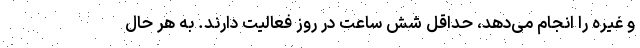
و غیره را انجام می‌دهد، حداقل شش ساعت در روز فعالیت دارند. به هر حال